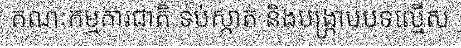
គណៈកម្មការជាតិ ទប់ស្កាត់ និងបង្ក្រាបបទល្មើស